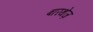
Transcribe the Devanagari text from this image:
बारथेज़